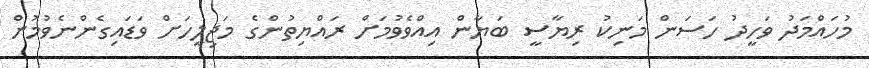
މުހައްމަދު ވަހީދު ހަސަން މަނިކު ރިޔާސީ ބަޔާން އިއްވެވުމަށް ރައްޔިތުންގެ މަޖިލީހަށް ވަޑައިގެންނެވުމުން